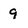
Character: 9